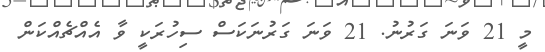
މީ 21 ވަނަ ގަރުނު. 21 ވަނަ ގަރުނަކަސް ސިހުރަކީ ވާ އެެއްޗެއްކަން